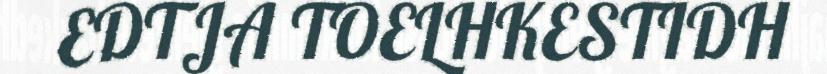
EDTJA TOELHKESTIDH